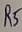
Text: R5